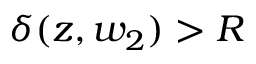
{ \delta ( z , w _ { 2 } ) > R }